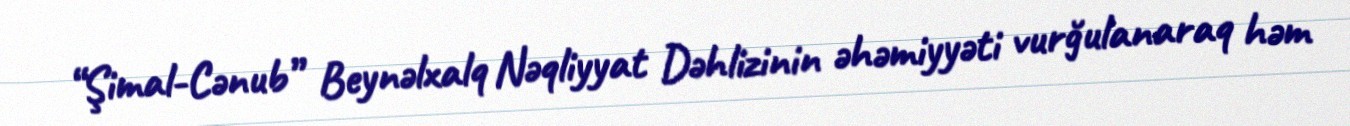
“Şimal-Cənub” Beynəlxalq Nəqliyyat Dəhlizinin əhəmiyyəti vurğulanaraq həm